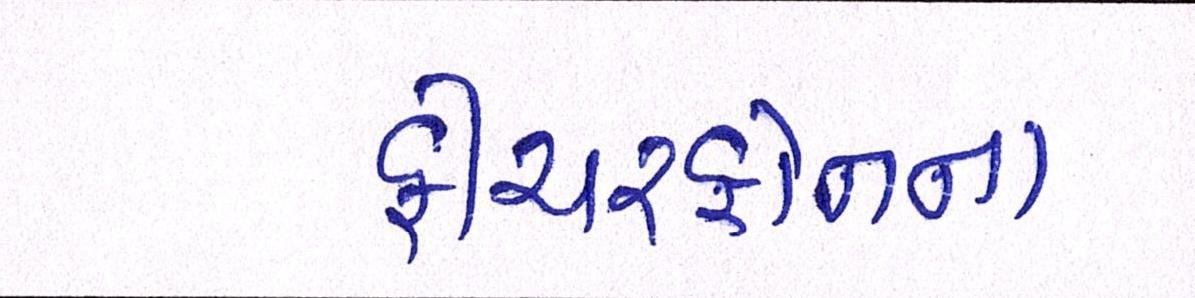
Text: ફીચરફોનના